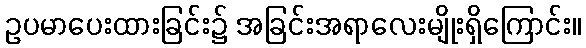
ဥပမာပေးထားခြင်း၌ အခြင်းအရာလေးမျိုးရှိကြောင်း။